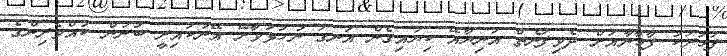
ފަހަރަކު ފާޚާނާއަށް ދެވިފަނެތް އަނިޔާއޭ ކިޔައިގެން އަނގަ ނުހުޅުވާށޭ އޭނަކައިރީ ބުނަން ކުއްވެރިންގެ